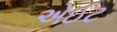
એઈટ